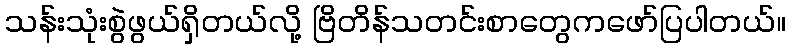
သန်းသုံးစွဲဖွယ်ရှိတယ်လို့ ဗြိတိန်သတင်းစာတွေကဖော်ပြပါတယ်။